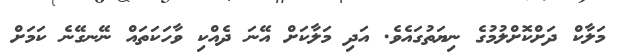
މަލާކް ދަށްކޮށްލުމުގެ ނިޔަތުގައެވެ. އަދި މަލާކަށް އޭނަ ދެއްކި ވާހަކަތައް ނޭނގޭނެ ކަމަށް